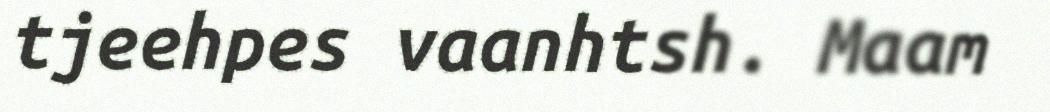
tjeehpes vaanhtsh. Maam